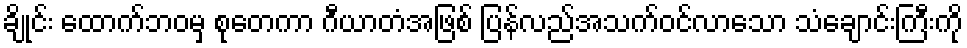
ချိုင်း ထောက်ဘဝမှ စုတေကာ ဂီယာတံအဖြစ် ပြန်လည်အသက်ဝင်လာသော သံချောင်းကြီးကို